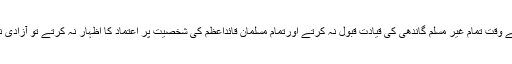
اگر تقسیم کے وقت تمام غیر مسلم گاندھی کی قیادت قبول نہ کرتے اورتمام مسلمان قائداعظم کی شخصیت پر اعتماد کا اظہار نہ کرتے تو آزادی ناممکن تھی۔